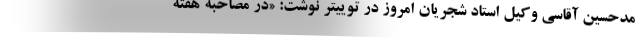
مدحسین آقاسی وکیل استاد شجریان امروز در توییتر نوشت: «در مصاحبه هفته